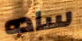
ساده